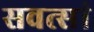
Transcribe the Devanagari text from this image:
सवत्सां